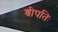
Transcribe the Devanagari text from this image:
श्रीपतिः